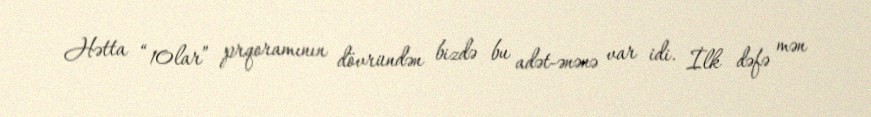
Hətta “10lar” prqoramının dövründən bizdə bu adət-ənənə var idi. İlk dəfə mən